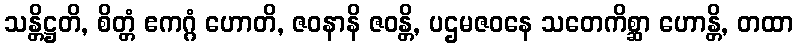
သန္တိဋ္ဌတိ, စိတ္တံ ဧကဂ္ဂံ ဟောတိ, ဇဝနာနိ ဇဝန္တိ, ပဌမဇဝနေ သတေကိစ္ဆာ ဟောန္တိ, တထာ